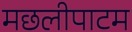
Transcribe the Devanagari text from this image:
मछलीपाटम